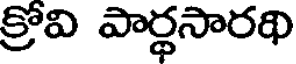
క్రోవి పార్థసారథి